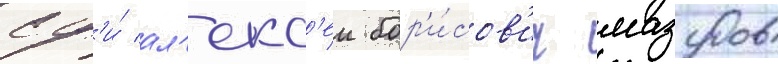
сф'и́ ал'екс'еи бор'и́сов'ич мазуров